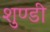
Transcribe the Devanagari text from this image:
शुण्डी